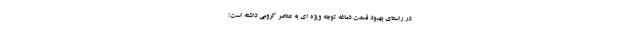
در راستای بهبود قسمت دماغه توجه ویژه ای به عناصر کرومی داشته است؛